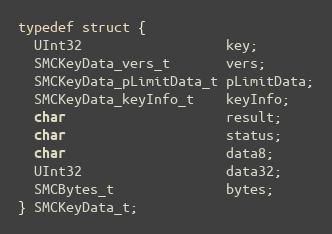
Language: C
typedef struct {
  UInt32                  key;
  SMCKeyData_vers_t       vers;
  SMCKeyData_pLimitData_t pLimitData;
  SMCKeyData_keyInfo_t    keyInfo;
  char                    result;
  char                    status;
  char                    data8;
  UInt32                  data32;
  SMCBytes_t              bytes;
} SMCKeyData_t;